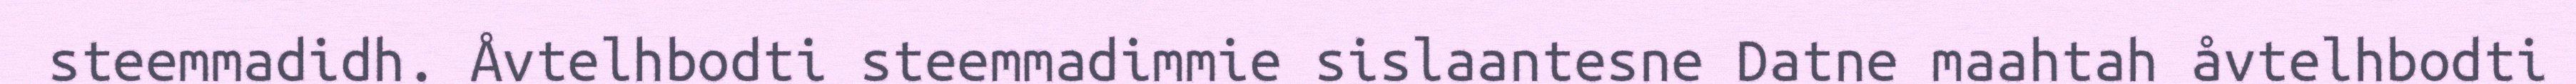
steemmadidh. Åvtelhbodti steemmadimmie sislaantesne Datne maahtah åvtelhbodti